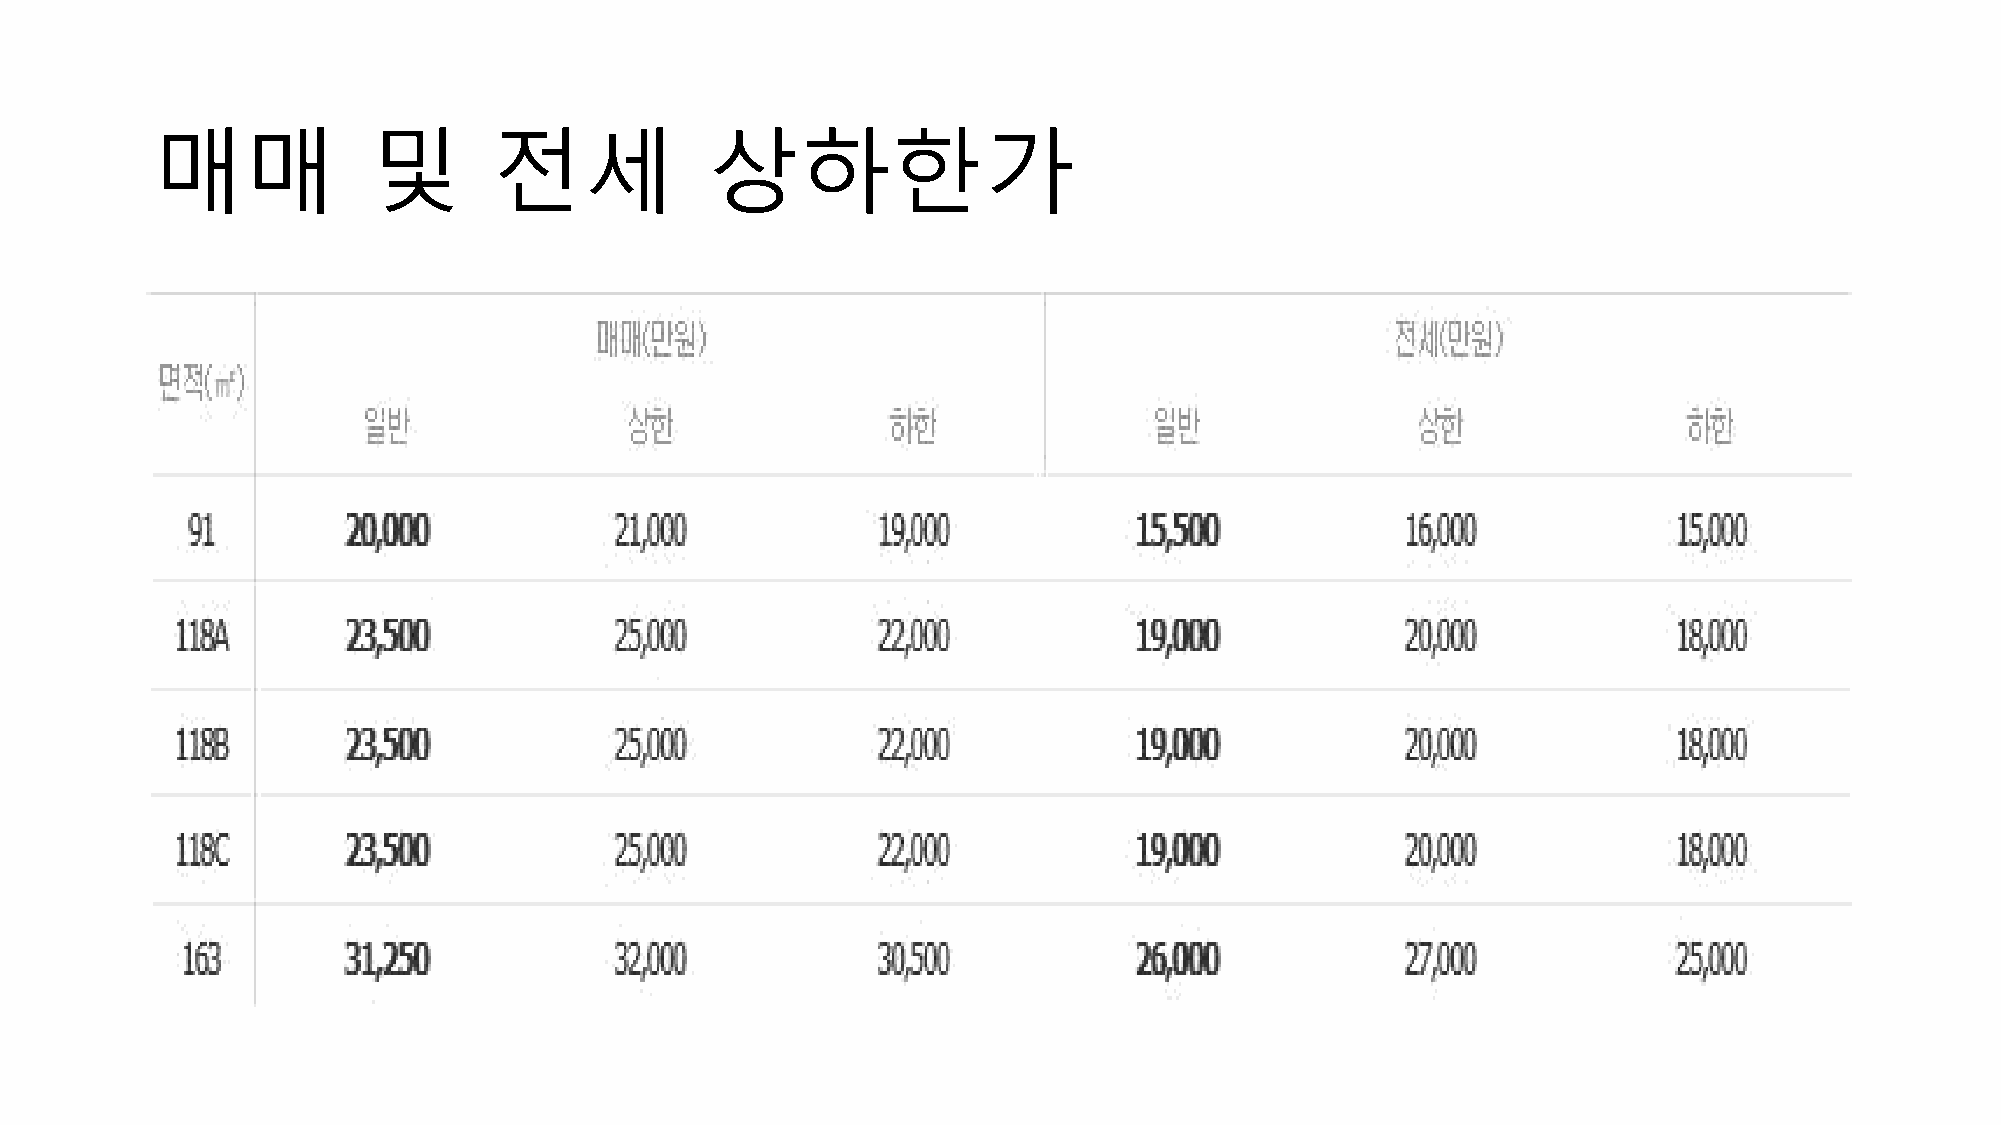
매매            및        전세            상하한가